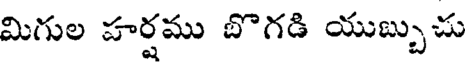
మిగుల హర్షము బొగడి యుబ్బుచు